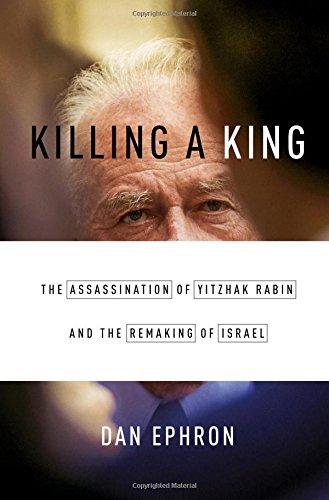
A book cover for Killing a King: The Assassination of Yitzhak Rabin and the Remaking of Israel; Dan Ephron; Biographies & Memoirs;